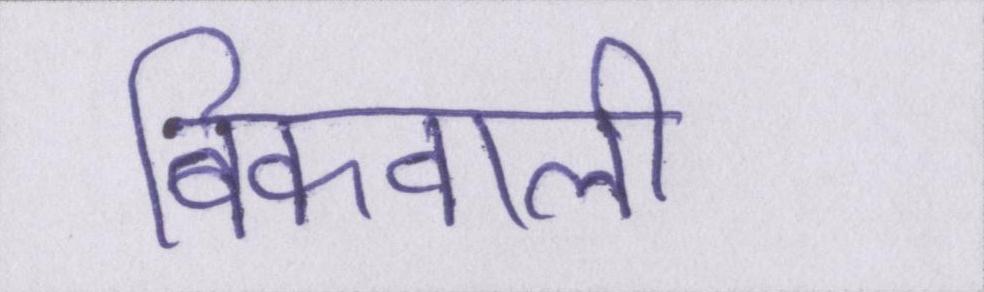
बिकवाली